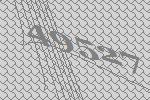
49527